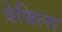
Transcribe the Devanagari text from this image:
वेन्निला